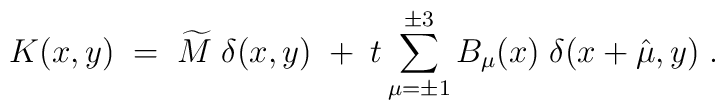
K(x,y) \; = \; \widetilde{M} \; \delta(x,y) \; + \; t \sum_{\mu = \pm 1}^{\pm 3}B_\mu(x) \; \delta(x + \hat{\mu}, y) \; .